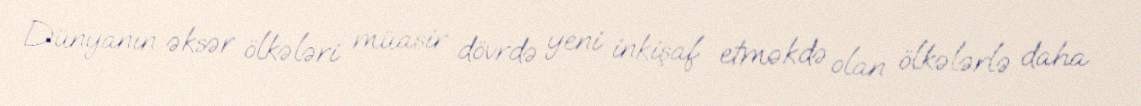
Dünyanın əksər ölkələri müasir dövrdə yeni inkişaf etməkdə olan ölkələrlə daha